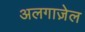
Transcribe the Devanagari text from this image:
अलगाज़ेल